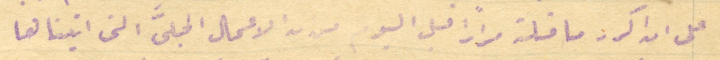
على ان اكرر ما قلته مرارًا قبل اليوم من بدا الاعمال الجلىَّ التى اتيناها